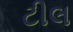
ટીલ